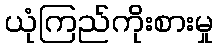
ယုံကြည်ကိုးစားမှု